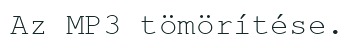
Az MP3 tömörítése.